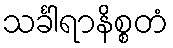
သင်္ခါရာနိစ္စတံ